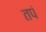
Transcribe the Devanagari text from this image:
तपं